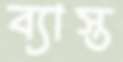
ব্যাস্ত